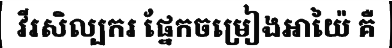
វីរសិល្បករ ផ្នែកចម្រៀងអាយ៉ៃ គឺ